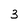
Character: 3